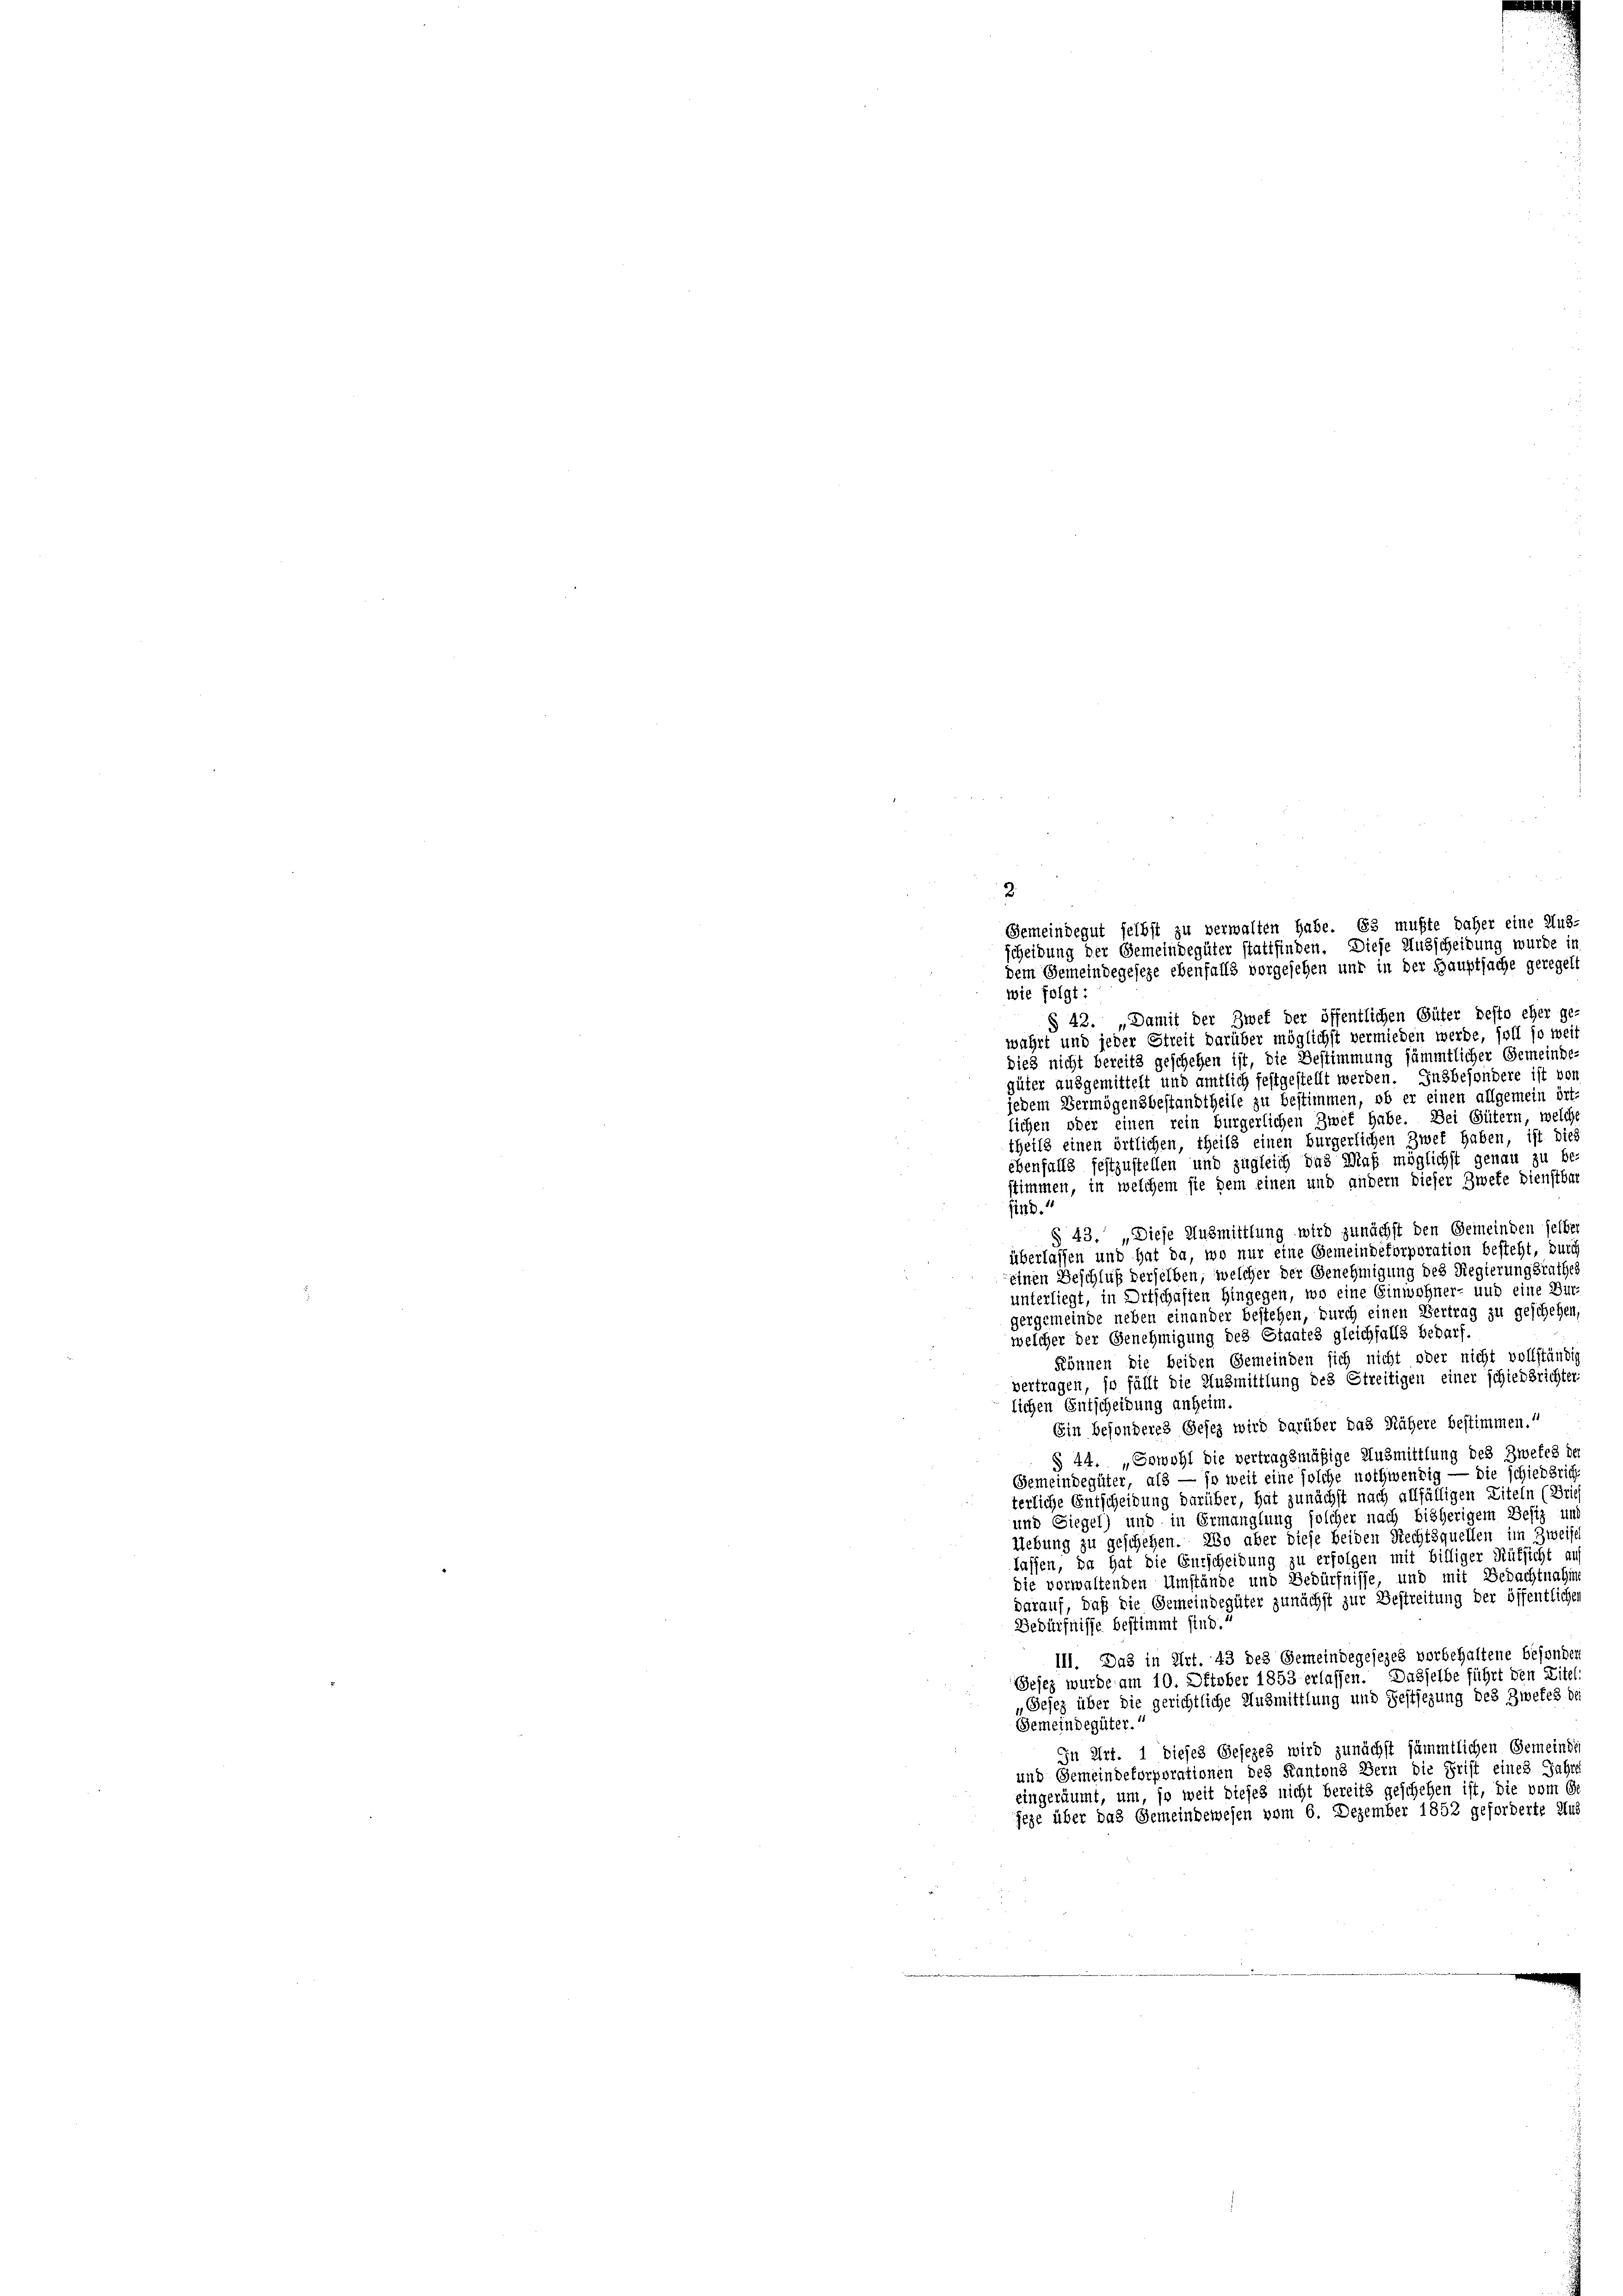
2.
Gemeindegut selbst zu verwalten habe. Es mußte daher eine Aus-
scheidung der Gemeindegüter stattfinden. Diese Ausscheidung wurde in
dem Gemeindegeseze ebenfalls vorgesehen und in der Hauptsache geregelt
wie folgt:
§ 42. „Damit der Zwef der öffentlichen Güter desto eher ge-
wahrt und jeder Streit darüber möglichst vermieden werde, soll so weis
dies nicht bereits geschehen ist, die Bestimmung sämmtlicher Gemeinde-
güter ausgemittelt und amtlich festgestellt werden. Insbesondere ist von
jedem Vermögensbestandtheile zu bestimmen, ob er einen allgemein ört-
lichen oder einen rein bürgerlichen Zwet habe. Bei Gütern, welche
theils einen örtlichen, theils einen bürgerlichen Zwet haben, ist dies
ebenfalls festzustellen und zugleich das Maß möglichst genau zu be-
stimmen, in welchem sie dem einen und andern dieser Zweke dienstbar
sind.
§ 43. „Diese Ausmittlung wird zunächst den Gemeinden selber
überlassen und hat da, wo nur eine Gemeindekorporation besteht, durch
einen Beschluß derselben, welcher der Genehmigung des Regierungsrathes
unterliegt, in Ortschaften hingegen, wo eine Einwohner- und eine Dur-
gergemeinde neben einander bestehen, durch einen Vertrag zu geschehen,
welcher der Genehmigung des Staates gleichfalls Bedarf.
können die beiden Gemeinden sich nicht oder nicht vollständig
vertragen, so fällt die Ausmittlung des Streitigen einer schiedsrichter:
lichen Entscheidung anheim.
Ein besonderes Gesez wird darüber das Nähere bestimmen.
§ 44. „Sowohl die vertragsmäßige Ausmittlung des Zwefes der
Gemeindegüter, als — so weit eine solche nothwendig — die schiedsrich
terliche Entscheidung darüber, hat zunächst nach allfälligen Ziteln (Brief
und Siegel) und in Ermanglung solcher nach bisherigem Besitz und
Uebung zu geschehen. Wo aber diese beiden Rechtsquellen im Zweifel
lassen, da hat die Eurscheidung zu erfolgen mit billiger Rüksicht auf
die vorwaltenden Umstände und Bedürfnisse, und mit Bedachtnahme
darauf, daß die Gemeindegüter zunächst zur Bestreitung der öffentlichen
Bedürfnisse bestimmt sind.
III. Das in Art. 43 des Gemeindegesezes vorbehaltene besonder
Jesez wurde am 10. Oktober 1853 erlassen. Dasselbe führt den Zitel,
Gejez über die gerichtliche Ausmittlung und Festsezung des Zwekes des
Gemeindegüter.
In Art. 1 dieses Gesezes wird zunächst sämmtlichen Gemeinde
und Gemeindekorporationen des Kantons Bern die Frist eines Jahre
eingeräumt, um, so weit dieses nicht bereits geschehen ist, die vom Ge
jeze über das Gemeindewesen vom 6. Dezember 1852 geforderte Aus